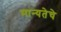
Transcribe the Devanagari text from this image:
मान्यतेचे